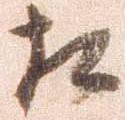
相